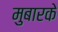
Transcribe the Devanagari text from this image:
मुबारके